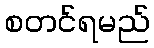
စတင်ရမည်